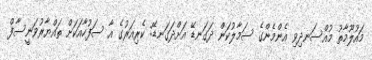
މައުލޫމާތު މުއްސަނދިވި އެންމެންގެ ސަމާލުކަން ދަގަނޑޭ އަށްދަގަނޑޭ: ކެރިއަރުގެ އާ ސަފުހާއަކަށް ތައްޔާރުވަނީސާފް